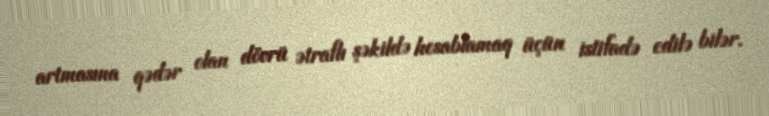
artmasına qədər olan dövrü ətraflı şəkildə hesablamaq üçün istifadə edilə bilər.